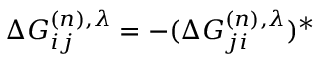
\Delta G _ { i j } ^ { ( n ) , \lambda } = - ( \Delta G _ { j i } ^ { ( n ) , \lambda } ) ^ { * }